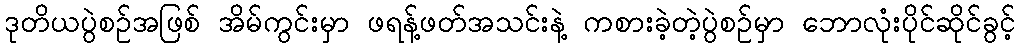
ဒုတိယပွဲစဉ်အဖြစ် အိမ်ကွင်းမှာ ဖရန့်ဖတ်အသင်းနဲ့ ကစားခဲ့တဲ့ပွဲစဉ်မှာ ဘောလုံးပိုင်ဆိုင်ခွင့်